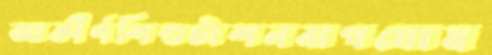
আকীর্ণশিশুটাশনবাগঘোষ